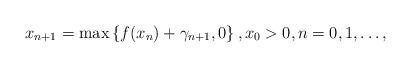
LaTeX: \begin{align*}x_{n+1}= \max\left\{ f(x_n)+\gamma_{n+1}, 0 \right\}, x_0>0, n=0,1, \dots,\end{align*}